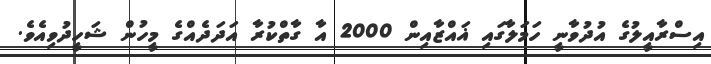
އިސްރާއީލުގެ އުދުވާނީ ހަމަލާގައި ޣައްޒާއިން 2000 އާ ގާތްކުރާ އަދަދެއްގެ މީހުން ޝަހީދުވިއެވެ.